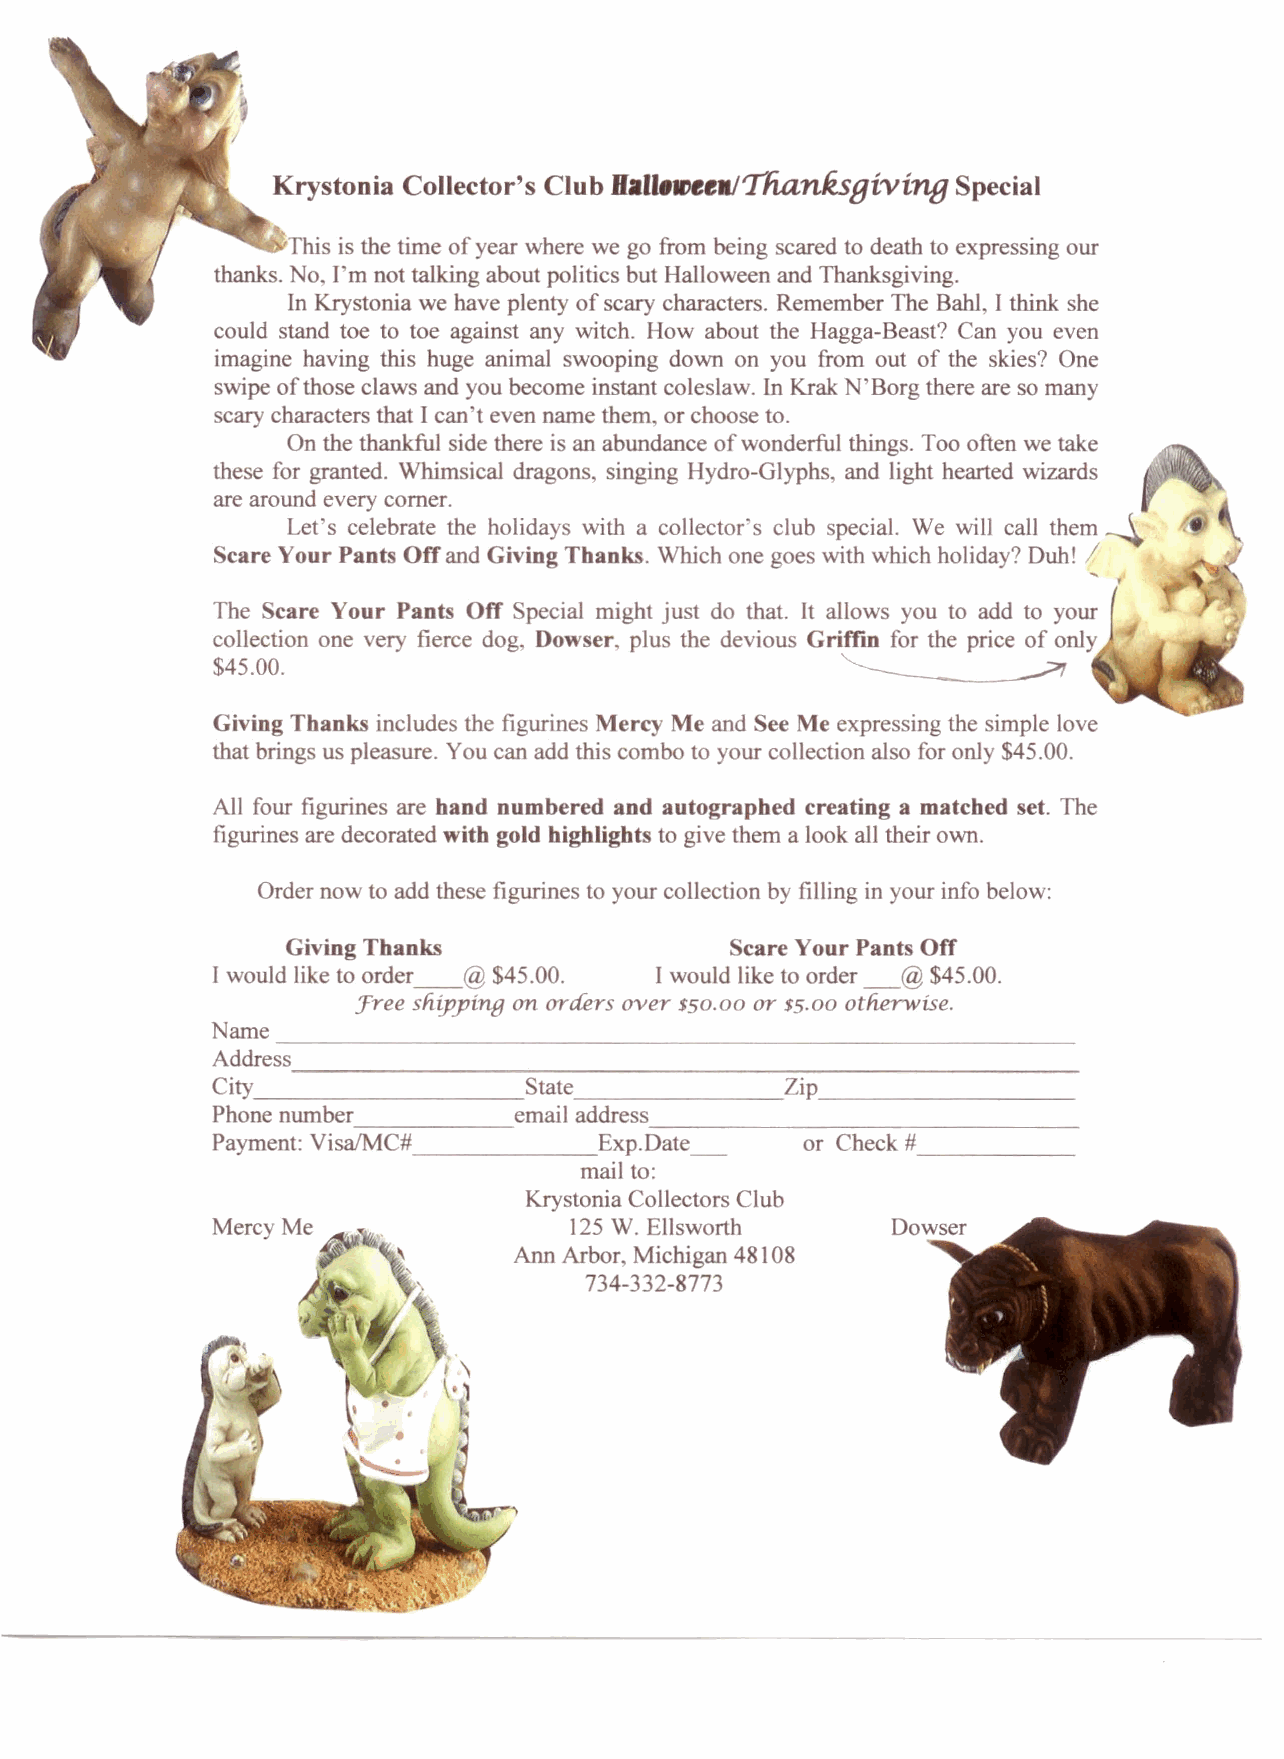
Krystonia Collector's Club Hall.",eeIlfTfianksBivine Special
 This is the time of year where we go from being scared to death to expressing our
 thanks. No, I'm not talking about politics but Halloween and Thanksgiving.
 In Krystonia we have plenty of scary characters. Remember The Bahl, I think she
 could stand toe to toe against any witch. How about the Hagga-Beast? Can you even
 imagine having this huge animal swooping down on you from out of the skies? One
 swipe of those claws and you become instant coleslaw. In Krak N'Borg there are so many
 scary characters that Ican't even name them, or choose to.
 On the thankful side there is an abundance of wonderful things. Too often we take
 these for granted. Whimsical dragons, singing Hydro-Glyphs, and light hearted wizards
 are around every corner.
 Let's celebrate the holidays with a collector's club special. We will call them
 Scare Your Pants Off and Giving Thanks. Which one goes with which holiday? Dub! I
 ,
 The Scare Your Pants Off Special might just do that. It allows you to add to your
 collection one very fierce dog, Dowser. plus the devious Griffin for the price of only
 $45.00.
 Giving Thanks includes the figurines Mercy Me and See Me expressing the simple love
 that brings us pleasure. You can add this combo to your collection also for only $45.00.
 All four figurines are hand numbered and autographed creating a matched set. The
 figurines are decorated with gold highlights to give them a look all their own.
 Order now to add these figurines to your collection by filling in your info below:
 Giving Thanks                 care Your Pants Off
 I would like to order__ $45.00. Iwould like to order _@$45.00.
 :free shipping on orders over $50.00 or $5.00 otherwise.
 Name
 -----------------------------------------------------------
 Address
 -----------------------------------------------------------
 City                 State            Zip              _
 Phone number        email address
 --------------------------------
 Payment: VisalMC#         Exp.Date_    or Check #
 ------
 mail to:
 Krystonia Collectors Club
 Mercy Me                125W. Ellsworth
 Ann Arbor, Michigan 48108
 734-332-8773